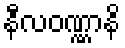
နီလဝဏ္ဏာနိ